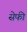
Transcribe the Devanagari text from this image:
सेफी